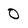
Character: 0